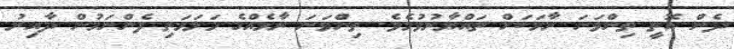
ދެން އޮތީ ތިންވަނަ ރާޅަކަށް ތައްޔާރުވުމެވެ. ތިންވަނަ ރާޅެއްގެ މަލަމަތި ފެންނަމުން ދާއިރު